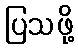
ပြသဖို့